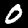
Label: 0